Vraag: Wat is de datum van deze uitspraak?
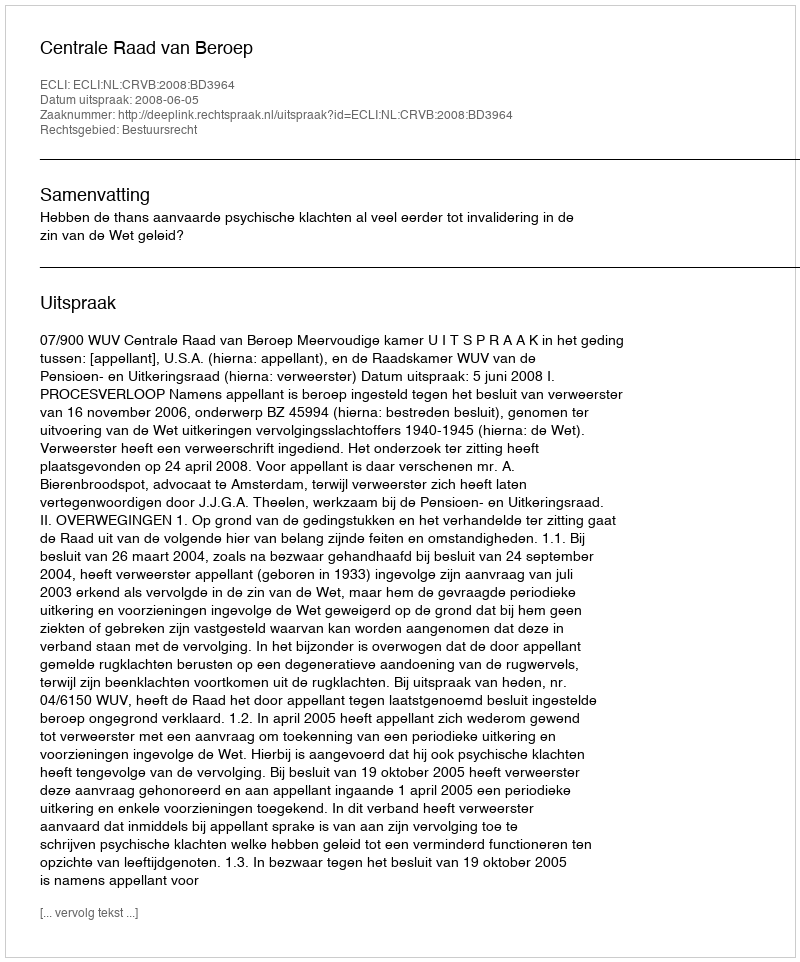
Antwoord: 2008-06-05